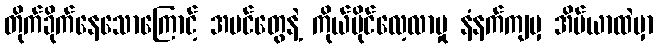
တိုက်ခိုက်နေသောကြောင့် အပင်တွေနဲ့ ကိုယ်ပိုင်လေ့လာမှု နံနက်ကျမှ အိပ်ယာထဲမှာ